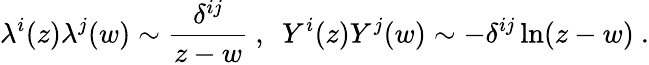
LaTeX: \lambda^{i}(z)\lambda^{j}(w)\sim\frac{\delta^{ij}}{z-w}~,~~Y^{i}(z)Y^{j}(w)\sim-\delta^{ij}\ln(z-w)~.